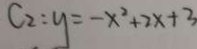
C _ { 2 } : y = - x ^ { 2 } + 2 x + 3